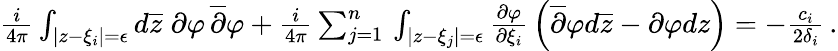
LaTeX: \begin{array}{r}{{\frac{i}{4\pi}}\int_{|z-\xi_{i}|=\epsilon}d\overline{{z}}\; \partial\varphi\, \overline{{\partial}}\varphi+{\frac{i}{4\pi}}\sum_{j=1}^{n}\, \int_{|z-\xi_{j}|=\epsilon}{\frac{\partial\varphi}{\partial\xi_{i}}}\left(\overline{{\partial}}\varphi d\overline{{z}}-\partial\varphi dz\right)=-{\frac{c_{i}}{2\delta_{i}}}\, .}\end{array}